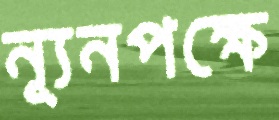
ন্যূনপক্ষে